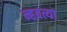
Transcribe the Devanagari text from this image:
न्हवत्या